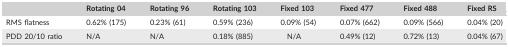
<table><thead><tr><td></td><td><b>Rotating 04</b></td><td><b>Rotating 96</b></td><td><b>Rotating 103</b></td><td><b>Fixed 103</b></td><td><b>Fixed 477</b></td><td><b>Fixed 488</b></td><td><b>Fixed RS</b></td></tr></thead><tbody><tr><td>RMS flatness</td><td>0.62% (175)</td><td>0.23% (61)</td><td>0.59% (236)</td><td>0.09% (54)</td><td>0.07% (662)</td><td>0.09% (566)</td><td>0.04% (20)</td></tr><tr><td>PDD 20/10 ratio</td><td>N/A</td><td>N/A</td><td>0.18% (885)</td><td>N/A</td><td>0.49% (12)</td><td>0.72% (13)</td><td>0.04% (67)</td></tr></tbody></table>